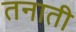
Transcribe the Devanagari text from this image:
तनाती